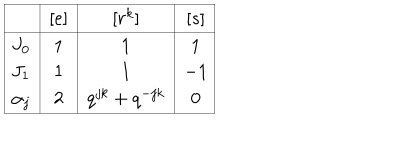
\begin{array} { | c | c | c | c | } \hline { { ~ } } & { { [ e ] } } & { { [ r ^ { k } ] } } & { { [ s ] } } \\ \hline { { J _ { 0 } } } & { { 1 } } & { { 1 } } & { { 1 } } \\ { { J _ { 1 } } } & { { 1 } } & { { 1 } } & { { - 1 } } \\ { { \alpha _ { j } } } & { { 2 } } & { { q ^ { j k } + q ^ { - j k } } } & { { 0 } } \\ \hline { { } } \\ \end{array}